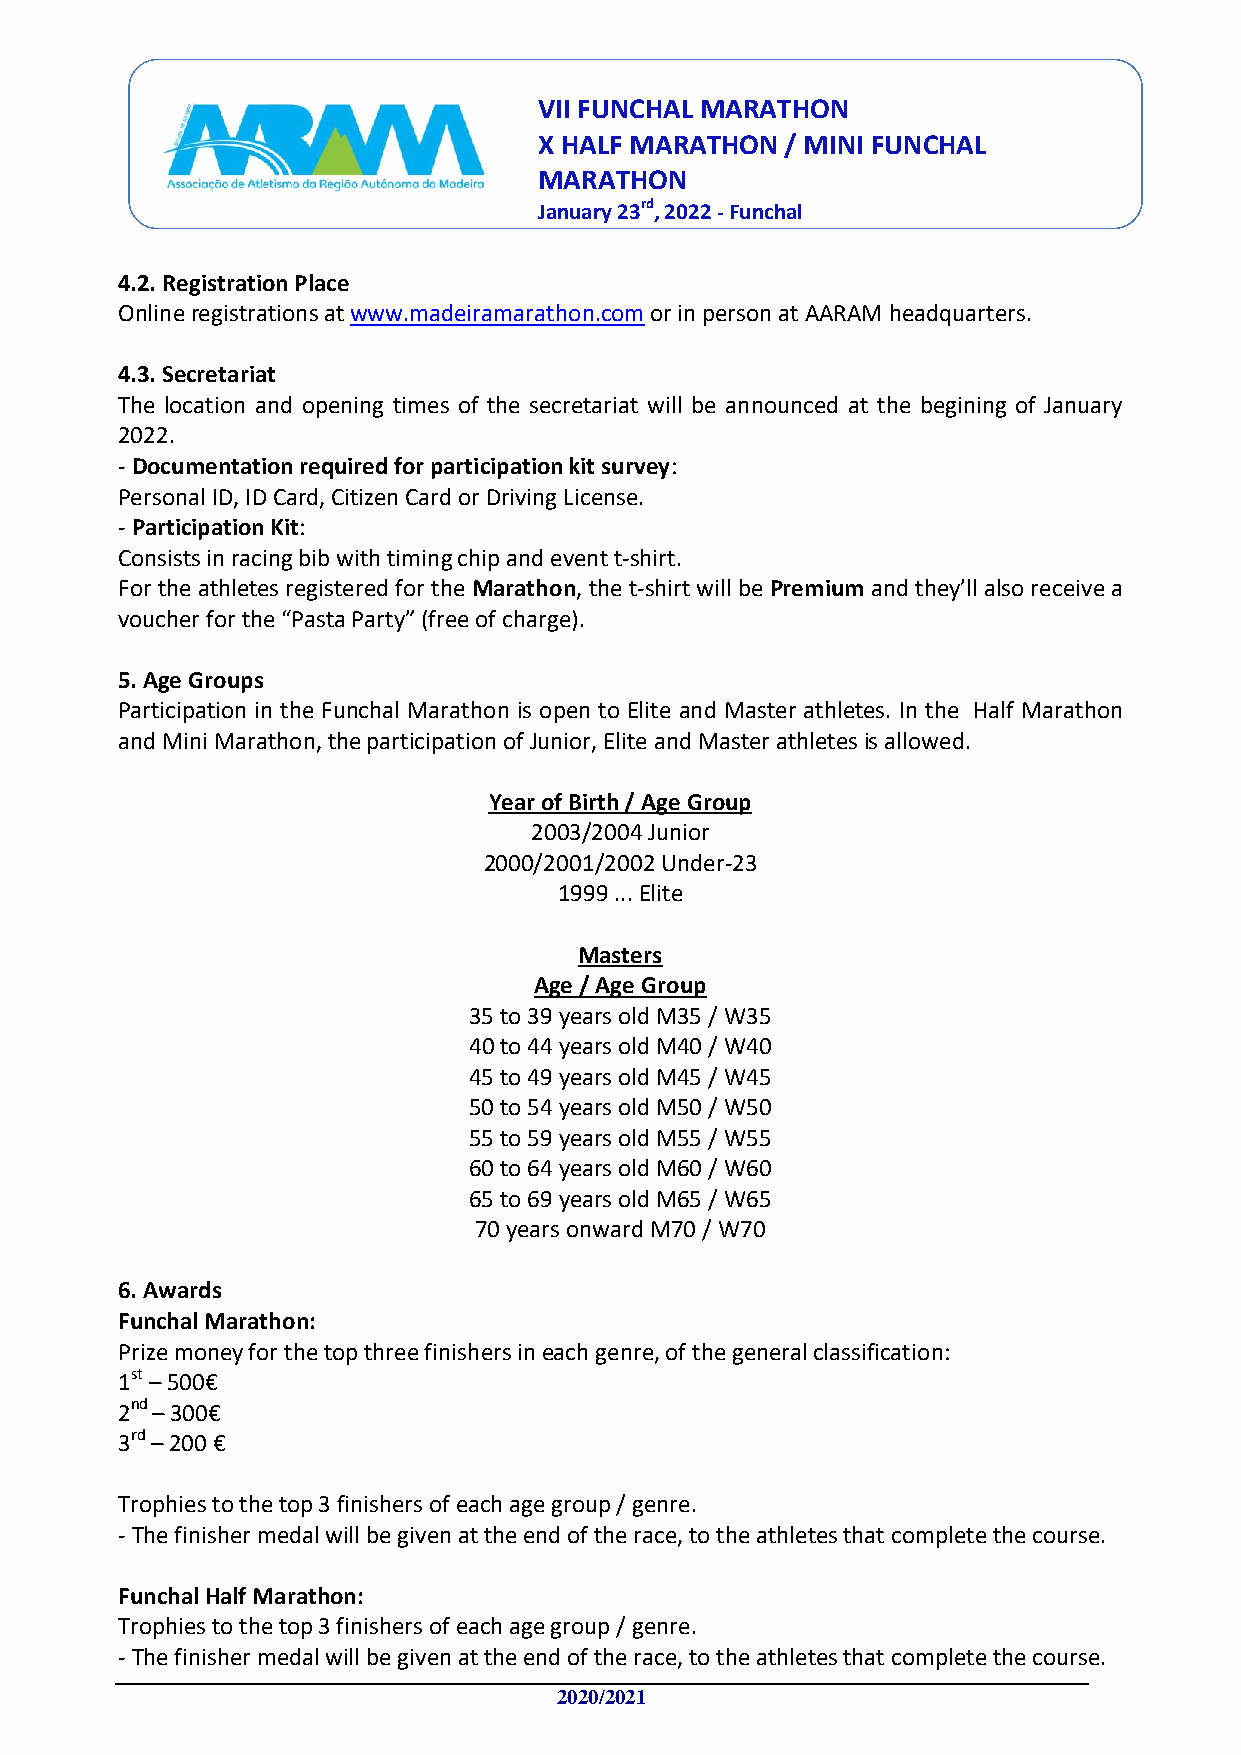
VII FUNCHAL MARATHON
 X HALF MARATHON / MINI FUNCHAL
 MARATHON
 January 23rd, 2022 - Funchal
 4.2. Registration Place
 Online registrations at www.madeiramarathon.com or in person at AARAM headquarters.
 4.3. Secretariat
 The location and opening times of the secretariat will be announced at the begining of January
 2022.
 - Documentation required for participation kit survey:
 Personal ID, ID Card, Citizen Card or Driving License.
 - Participation Kit:
 Consists in racing bib with timing chip and event t-shirt.
 For the athletes registered for the Marathon, the t-shirt will be Premium and they’ll also receive a
 voucher for the “Pasta Party” (free of charge).
 5. Age Groups
 Participation in the Funchal Marathon is open to Elite and Master athletes. In the Half Marathon
 and Mini Marathon, the participation of Junior, Elite and Master athletes is allowed.
 Year of Birth / Age Group
 2003/2004 Junior
 2000/2001/2002 Under-23
 1999 ... Elite
 Masters
 Age / Age Group
 35 to 39 years old M35 / W35
 40 to 44 years old M40 / W40
 45 to 49 years old M45 / W45
 50 to 54 years old M50 / W50
 55 to 59 years old M55 / W55
 60 to 64 years old M60 / W60
 65 to 69 years old M65 / W65
 70 years onward M70 / W70
 6. Awards
 Funchal Marathon:
 Prize money for the top three finishers in each genre, of the general classification:
 1st – 500€
 2nd – 300€
 3rd – 200 €
 Trophies to the top 3 finishers of each age group / genre.
 - The finisher medal will be given at the end of the race, to the athletes that complete the course.
 Funchal Half Marathon:
 Trophies to the top 3 finishers of each age group / genre.
 - The finisher medal will be given at the end of the race, to the athletes that complete the course.
 2020/2021